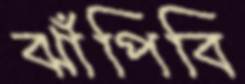
ঝাঁপিবি